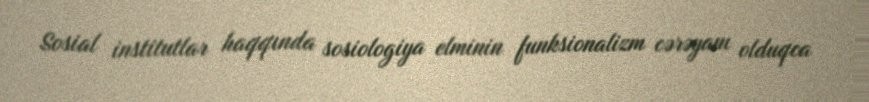
Sosial institutlar haqqında sosiologiya elminin funksionalizm cərəyanı olduqca